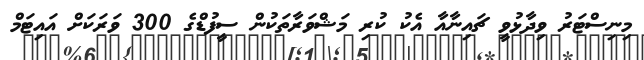
މިނިސްޓަރު ވިދާޅުވީ ޗައިނާއާ އެކު ކުރި މަޝްވަރާތަކުން ސީފުޑްގެ 300 ވަރަކަށް އައިޓަމް